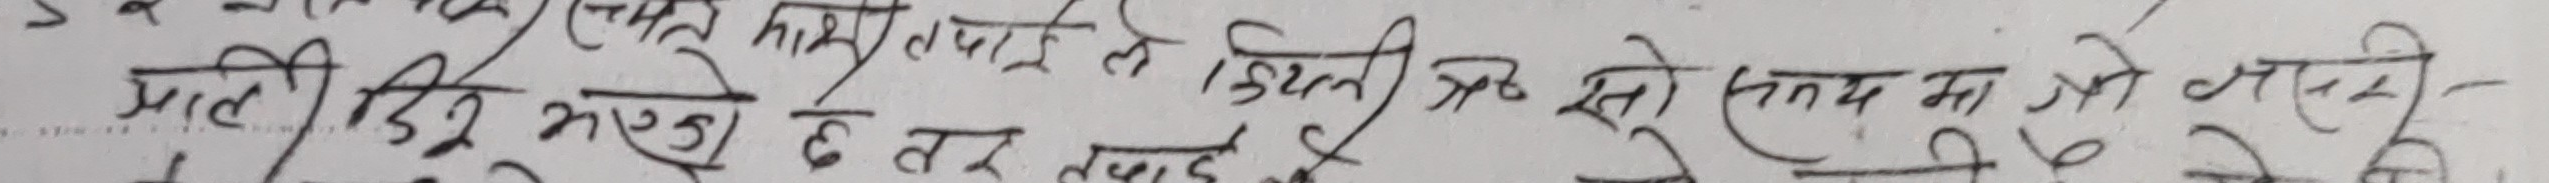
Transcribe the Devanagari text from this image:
प्रतीक्षारत मान्छे छैन तर लफडाले देखिनी अब सेर समयमा जोगिनी पर्छ